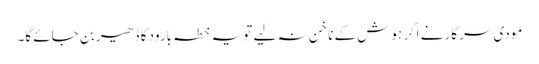
مودی سرکار نے اگر ہوش کے ناخن نہ لیے تو یہ خطہ بارود کا ڈھیر بن جائے گا۔